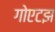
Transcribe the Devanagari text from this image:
गोएटझ